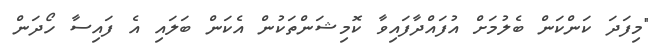
"މިފަދަ ކަންކަން ބެލުމަށް އުފައްދާފައިވާ ކޮމިޝަންތަކުން އެކަން ބަލައި އެ ފައިސާ ހޯދަން